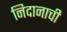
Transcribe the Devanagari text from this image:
निदानाची